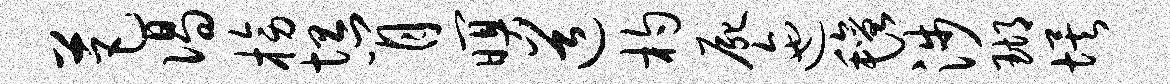
芭偈榜坦肖暝道杓尸迤毡涉瑚埃